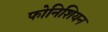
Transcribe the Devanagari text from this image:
फोनिशियन